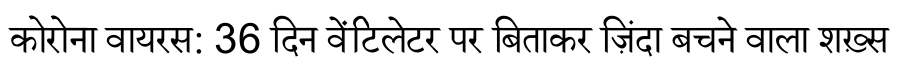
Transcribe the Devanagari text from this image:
कोरोना वायरस: 36 दिन वेंटिलेटर पर बिताकर ज़िंदा बचने वाला शख़्स